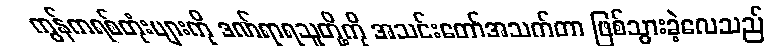
ကွန်ကရစ်တုံးများကို ဒဏ်ရာရသူတို့ကို အသင်းတော်အသက်တာ ဖြစ်သွားခဲ့လေသည်